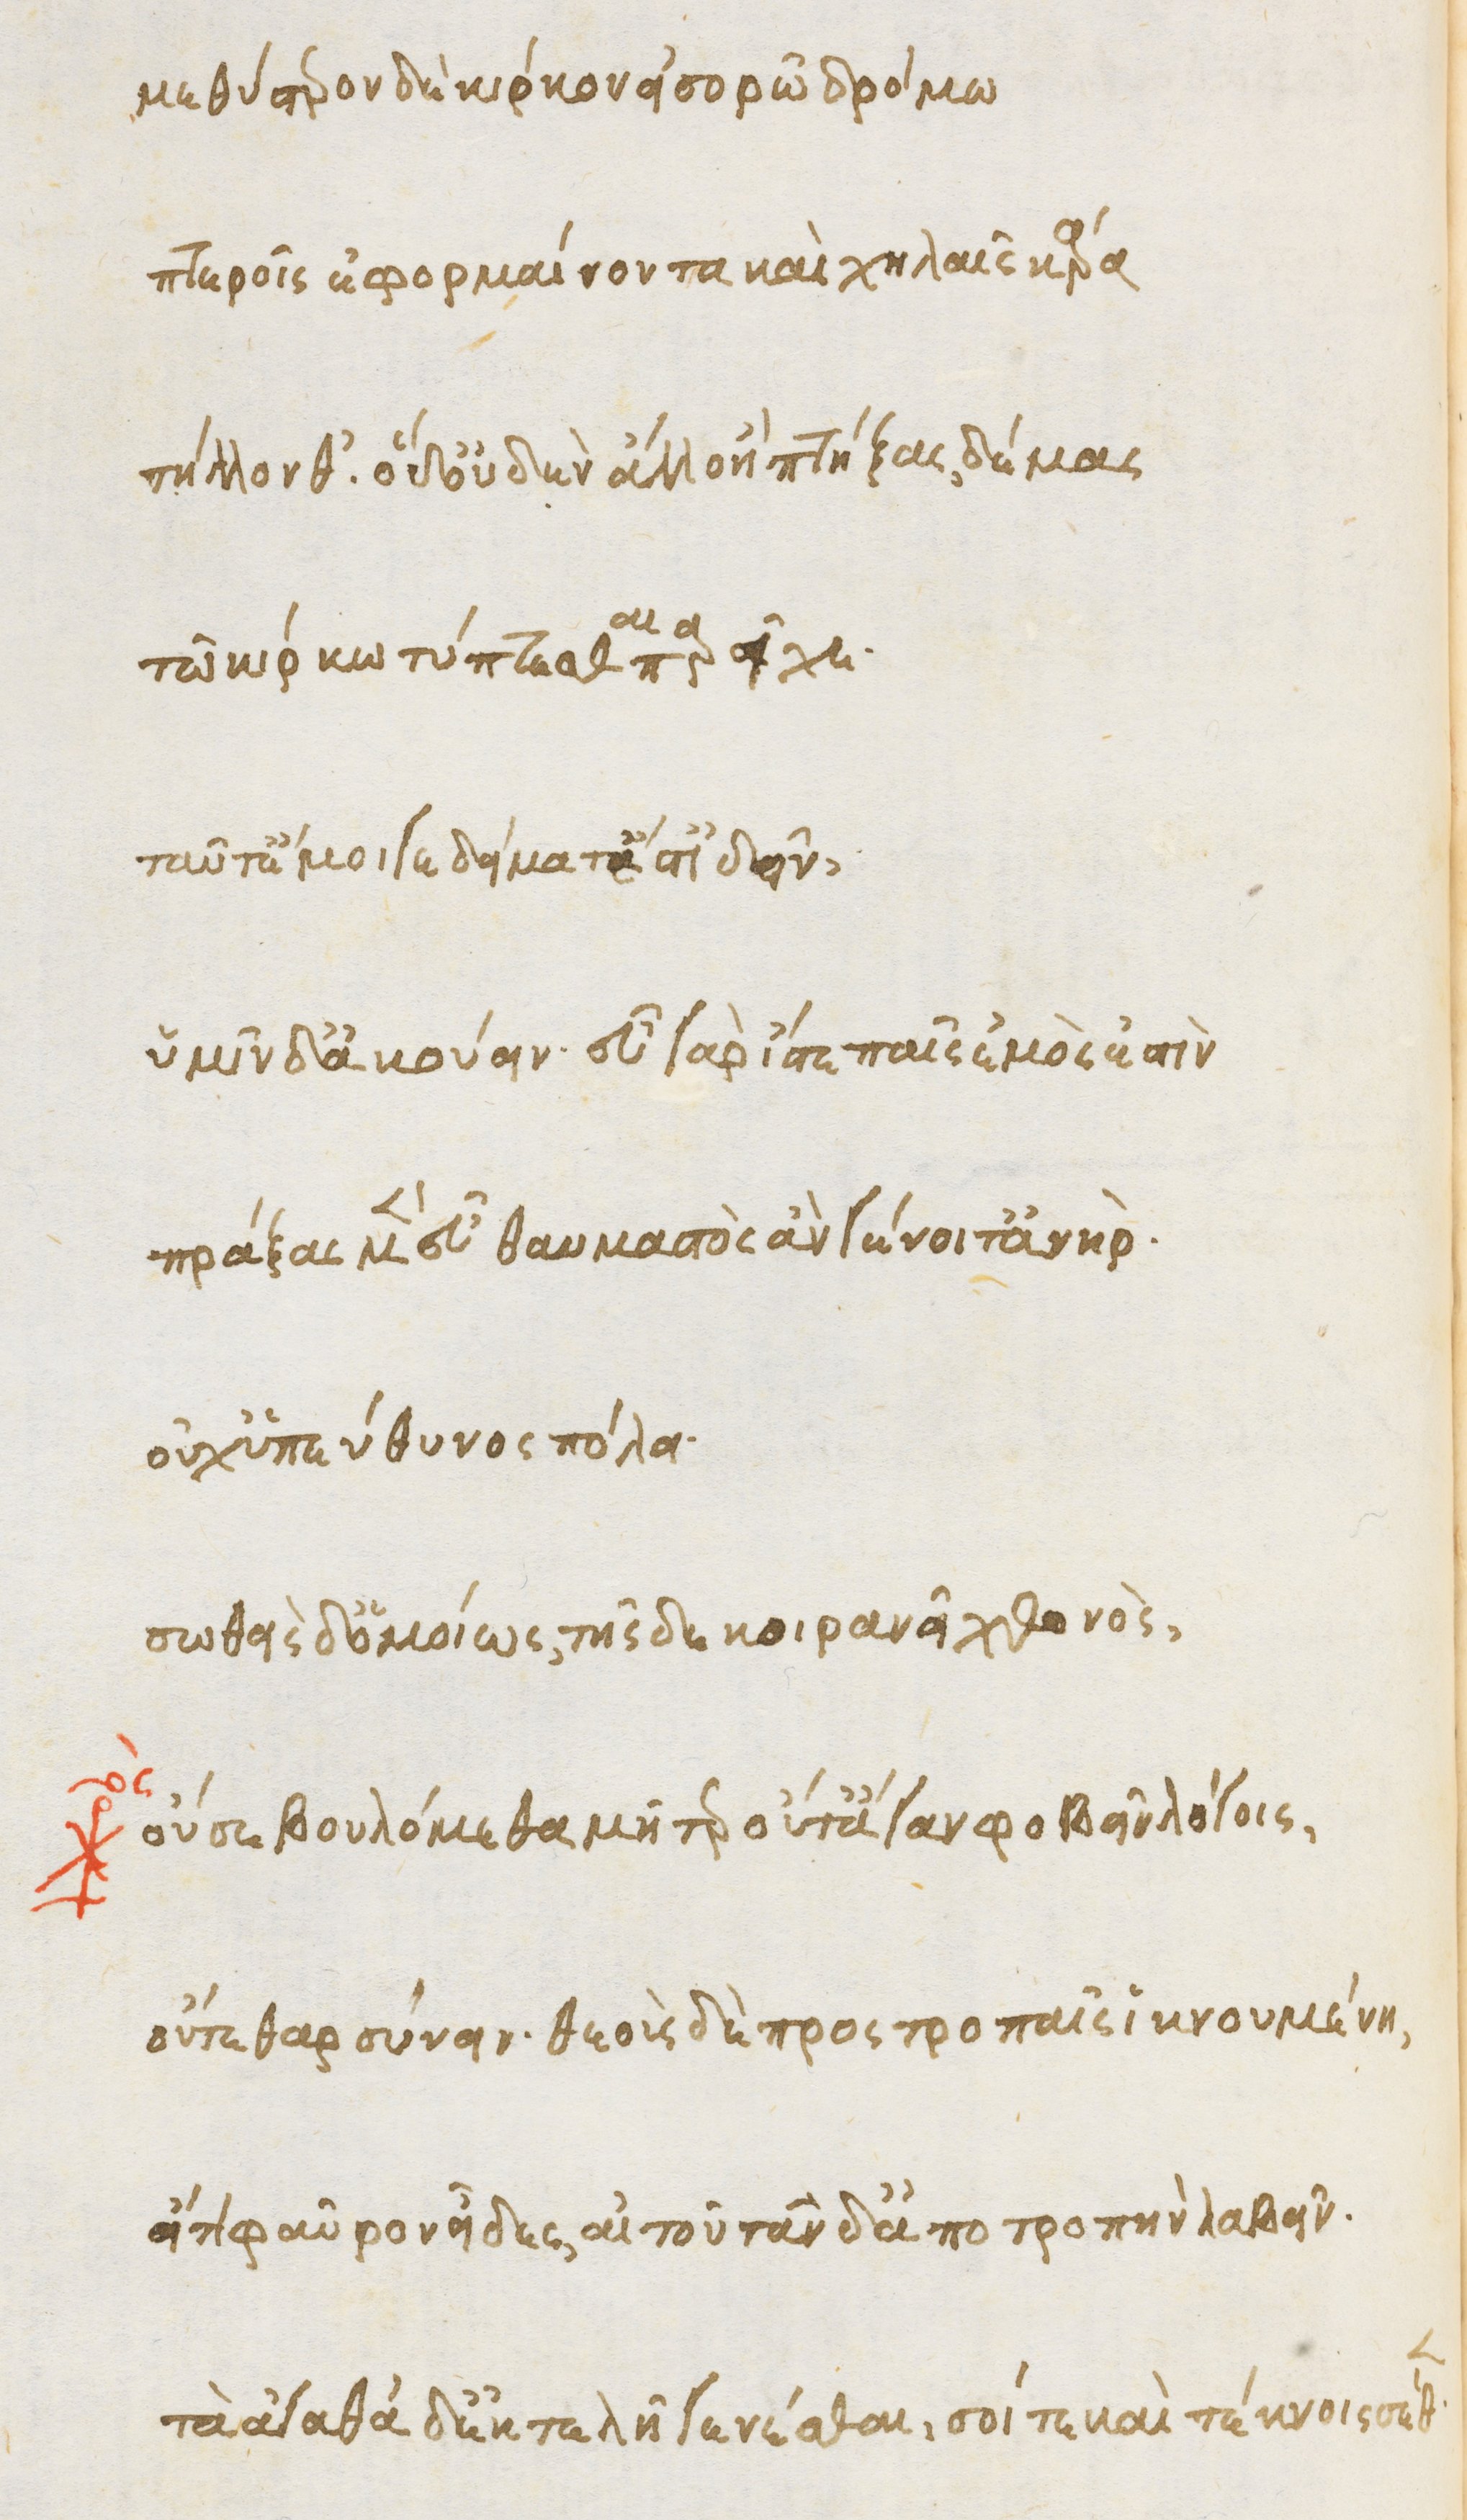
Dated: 1470–1499